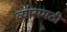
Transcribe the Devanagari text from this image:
व्यासमठी